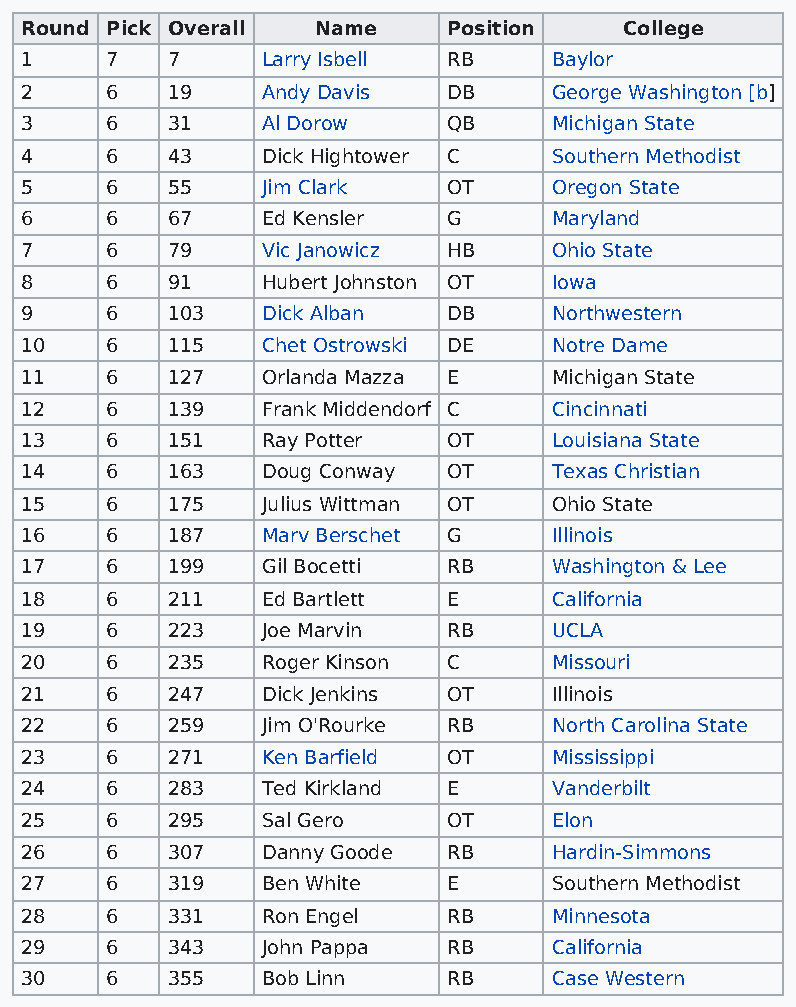
Round Pick Overall  Name     Position   College
 1     7   7     Larry Isbell RB     Baylor
 2     6   19    Andy Davis   DB     George Washington [b]
 3     6   31    Al Dorow     QB     Michigan State
 4     6   43    Dick Hightower C    Southern Methodist
 5     6   55    Jim Clark    OT     Oregon State
 6     6   67    Ed Kensler   G      Maryland
 7     6   79    Vic Janowicz HB     Ohio State
 8     6   91    Hubert Johnston OT  Iowa
 9     6   103   Dick Alban   DB     Northwestern
 10    6   115   Chet Ostrowski DE   Notre Dame
 11    6   127   Orlanda Mazza E     Michigan State
 12    6   139   Frank Middendorf C  Cincinnati
 13    6   151   Ray Potter   OT     Louisiana State
 14    6   163   Doug Conway  OT     Texas Christian
 15    6   175   Julius Wittman OT   Ohio State
 16    6   187   Marv Berschet G     Illinois
 17    6   199   Gil Bocetti  RB     Washington & Lee
 18    6   211   Ed Bartlett  E      California
 19    6   223   Joe Marvin   RB     UCLA
 20    6   235   Roger Kinson C      Missouri
 21    6   247   Dick Jenkins OT     Illinois
 22    6   259   Jim O'Rourke RB     North Carolina State
 23    6   271   Ken Barfield OT     Mississippi
 24    6   283   Ted Kirkland E      Vanderbilt
 25    6   295   Sal Gero     OT     Elon
 26    6   307   Danny Goode  RB     Hardin-Simmons
 27    6   319   Ben White    E      Southern Methodist
 28    6   331   Ron Engel    RB     Minnesota
 29    6   343   John Pappa   RB     California
 30    6   355   Bob Linn     RB     Case Western